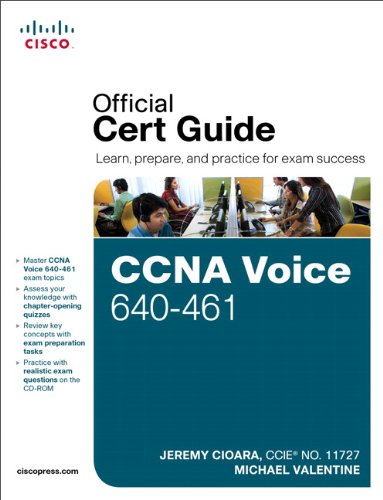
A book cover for CCNA Voice 640-461 Official Cert Guide; Jeremy Cioara; Computers & Technology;